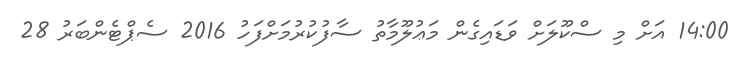
14:00 އަށް މި ސްކޫލަށް ވަޑައިގެން މަޢުލޫމާތު ސާފުކުރުމަށްފަހު 2016 ސެޕްޓެންބަރު 28